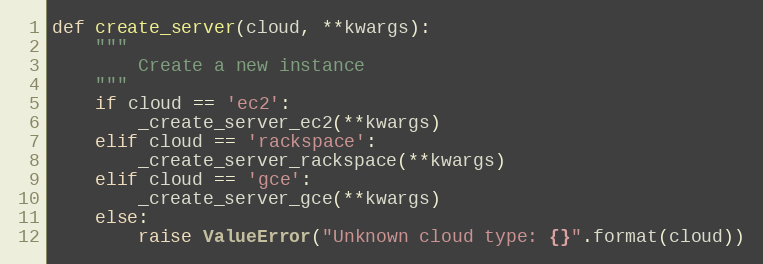
Language: Python
def create_server(cloud, **kwargs):
    """
        Create a new instance
    """
    if cloud == 'ec2':
        _create_server_ec2(**kwargs)
    elif cloud == 'rackspace':
        _create_server_rackspace(**kwargs)
    elif cloud == 'gce':
        _create_server_gce(**kwargs)
    else:
        raise ValueError("Unknown cloud type: {}".format(cloud))